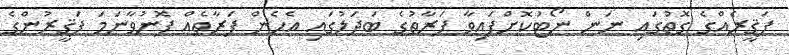
ފަޤީރެއްގެ ގޮތުގައި ނަން ނޯޓުކޮށްފައިވާ ފަރާތުގެ ބަދަލުގައި އެހެން ފަރާތެއް ފޮނުވާނަމަ ފަޤީރުންގެ